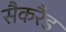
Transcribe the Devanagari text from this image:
सैकरैड